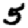
Digit: 5